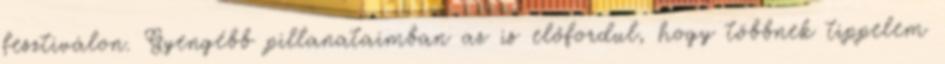
fesztiválon. Gyengébb pillanataimban az is előfordul, hogy többnek tippelem